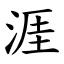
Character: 涯